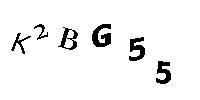
K2BG55